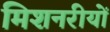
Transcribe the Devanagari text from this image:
मिशनरीयों